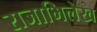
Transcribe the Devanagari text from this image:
राजाभिलेख